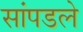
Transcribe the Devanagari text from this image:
सांपडले